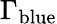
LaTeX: \Gamma_{\textnormal{blue}}